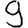
Digit: 9